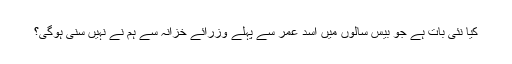
کیا نئی بات ہے جو بیس سالوں میں اسد عمر سے پہلے وزرائے خزانہ سے ہم نے نہیں سنی ہوگی؟